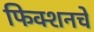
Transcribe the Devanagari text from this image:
फिक्शनचे